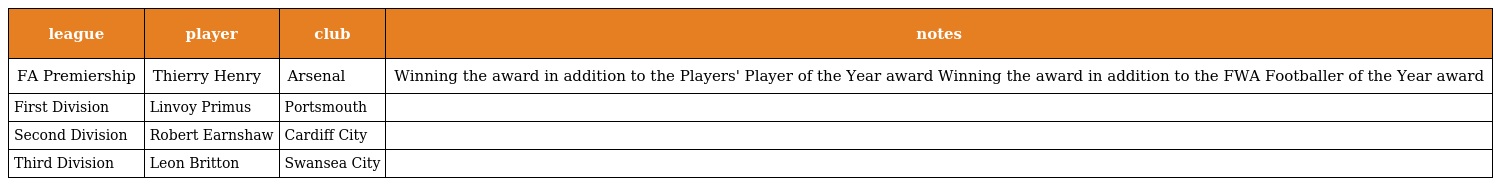
| league | player | club | notes |
 | --- | --- | --- | --- |
 | FA Premiership | Thierry Henry | Arsenal | Winning the award in addition to the Players' Player of the Year award Winning the award in addition to the FWA Footballer of the Year award |
 | First Division | Linvoy Primus | Portsmouth |  |
 | Second Division | Robert Earnshaw | Cardiff City |  |
 | Third Division | Leon Britton | Swansea City |  |